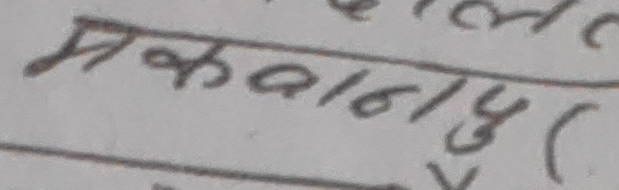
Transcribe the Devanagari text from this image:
मकवानपुर